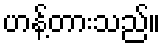
ဟန့်တားသည်။